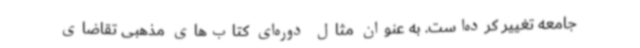
جامعه تغییر کرده‌است. به عنوان مثال دوره‌ای کتاب‌های مذهبی تقاضای